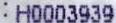
:H0003939